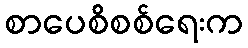
စာပေစိစစ်ရေးက